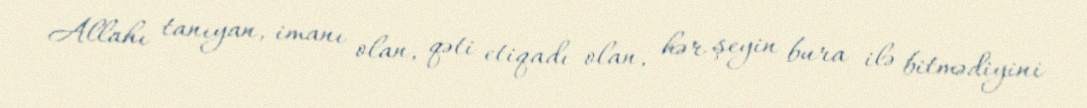
Allahı tanıyan, imanı olan, qəti etiqadı olan, hər şeyin bura ilə bitmədiyini